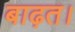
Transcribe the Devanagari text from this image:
बाढ़त।